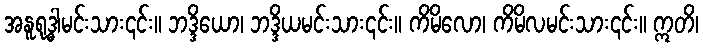
အနူရုဒ္ဓါမင်းသား၎င်း။ ဘဒ္ဒိယော၊ ဘဒ္ဒိယမင်းသား၎င်း။ ကိမိလော၊ ကိမိလမင်းသား၎င်း။ ဣတိ၊